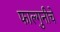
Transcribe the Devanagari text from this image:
फाल्गुनीचे